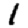
Digit: 1